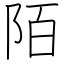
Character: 陌